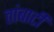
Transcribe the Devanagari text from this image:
तांबाटी